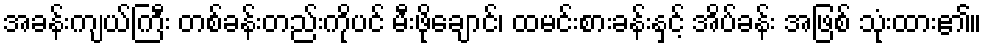
အခန်းကျယ်ကြီး တစ်ခန်းတည်းကိုပင် မီးဖိုချောင်၊ ထမင်းစားခန်းနှင့် အိပ်ခန်း အဖြစ် သုံးထား၏။